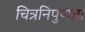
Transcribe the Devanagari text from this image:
चित्रनिपुणता